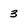
Character: 3